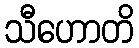
သီဟောတိ